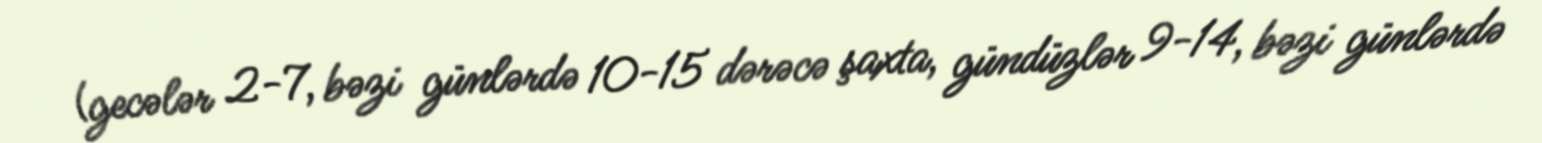
(gecələr 2-7, bəzi günlərdə 10-15 dərəcə şaxta, gündüzlər 9-14, bəzi günlərdə